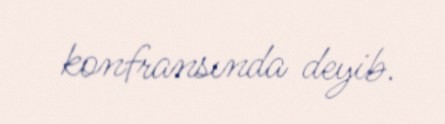
konfransında deyib.